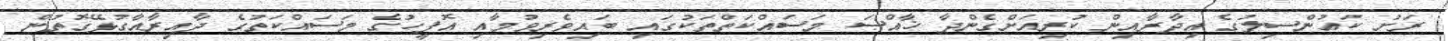
ރަށު ކައުންސިލުގެ އިދާރާއިން ކުރިއަށްގެންދާ ޚާއްޞަ މަސައްކަތްތަކުގައި ބައިވެރިވުމާއި އޮފީހުގެ މަސައްކަތުގެ ދާއިރާއާގުޅޭގޮތުން